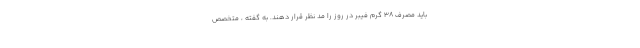
باید مصرف 38 گرم فیبر در روز را مد نظر قرار دهند. به گفته ، متخصص